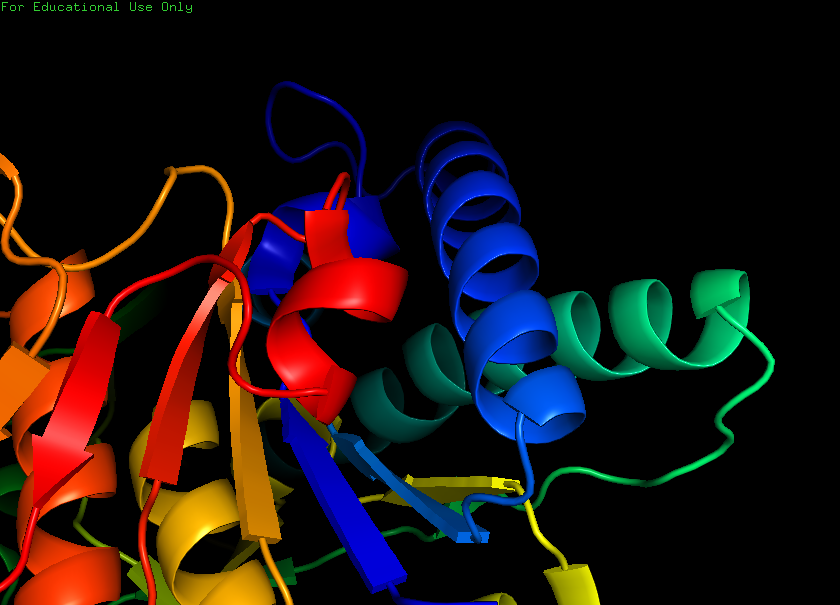
pymol, preset, ligand_cartoon